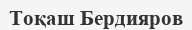
Тоқаш Бердияров